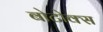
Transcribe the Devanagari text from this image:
बोटोक्स